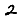
Digit: 2